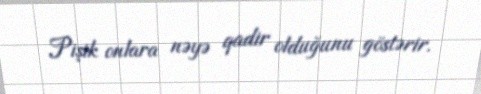
Pişik onlara nəyə qadir olduğunu göstərir.